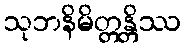
သုဘနိမိတ္တန္တိဿ